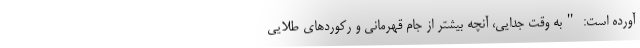
آورده است: "به وقتِ جدایی، آنچه بیشتر از جام قهرمانی و رکوردهای طلایی